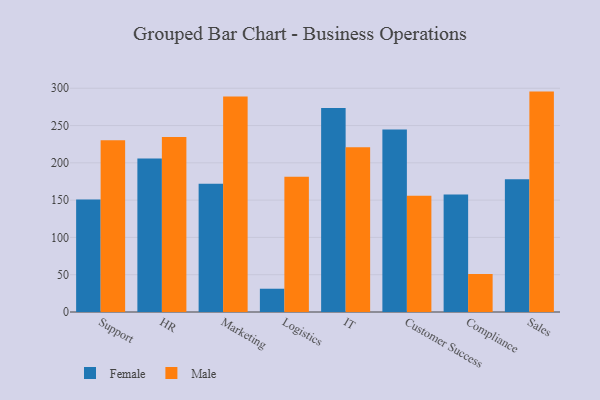
{"axis": {"x": "Department", "y": "Churn Rate (%)"}, "legend": ["Female", "Male"], "data": [{"x": "Support", "y": 150.7, "type": "Female"}, {"x": "Support", "y": 230.3, "type": "Male"}, {"x": "HR", "y": 205.9, "type": "Female"}, {"x": "HR", "y": 234.7, "type": "Male"}, {"x": "Marketing", "y": 171.9, "type": "Female"}, {"x": "Marketing", "y": 288.9, "type": "Male"}, {"x": "Logistics", "y": 31.2, "type": "Female"}, {"x": "Logistics", "y": 181.4, "type": "Male"}, {"x": "IT", "y": 273.5, "type": "Female"}, {"x": "IT", "y": 220.9, "type": "Male"}, {"x": "Customer Success", "y": 244.8, "type": "Female"}, {"x": "Customer Success", "y": 155.8, "type": "Male"}, {"x": "Compliance", "y": 157.5, "type": "Female"}, {"x": "Compliance", "y": 51.1, "type": "Male"}, {"x": "Sales", "y": 178.1, "type": "Female"}, {"x": "Sales", "y": 295.5, "type": "Male"}]}